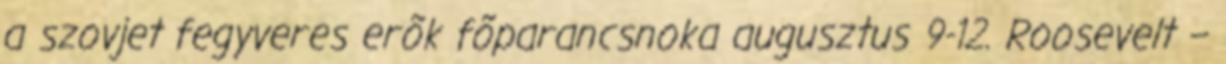
a szovjet fegyveres erõk fõparancsnoka augusztus 9-12. Roosevelt –